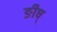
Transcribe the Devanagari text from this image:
ङीष्